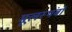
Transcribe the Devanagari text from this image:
मूलस्थंबों